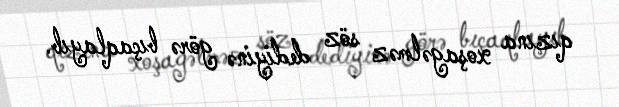
qızına xoşagəlməz söz dediyinə görə bıçaqlayıb.